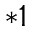
^ { * 1 }